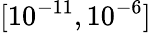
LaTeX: [10^{-11},10^{-6}]